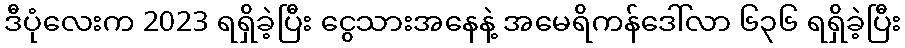
ဒီပုံလေးက 2023 ရရှိခဲ့ပြီး ငွေသားအနေနဲ့ အမေရိကန်ဒေါ်လာ ၆၃၆ ရရှိခဲ့ပြီး